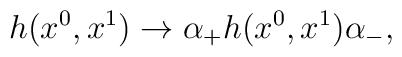
h(x^0, x^1)\rightarrow \alpha_{+}h(x^0, x^1) \alpha_{-},